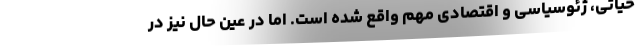
حیاتی، ژئوسیاسی و اقتصادی مهم واقع شده است. اما در عین حال نیز در